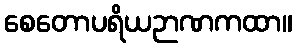
စေတောပရိယဉာဏကထာ။